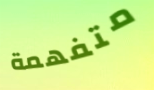
متفهمة